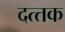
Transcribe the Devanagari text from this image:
दत्‍तक